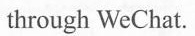
through WeChat.